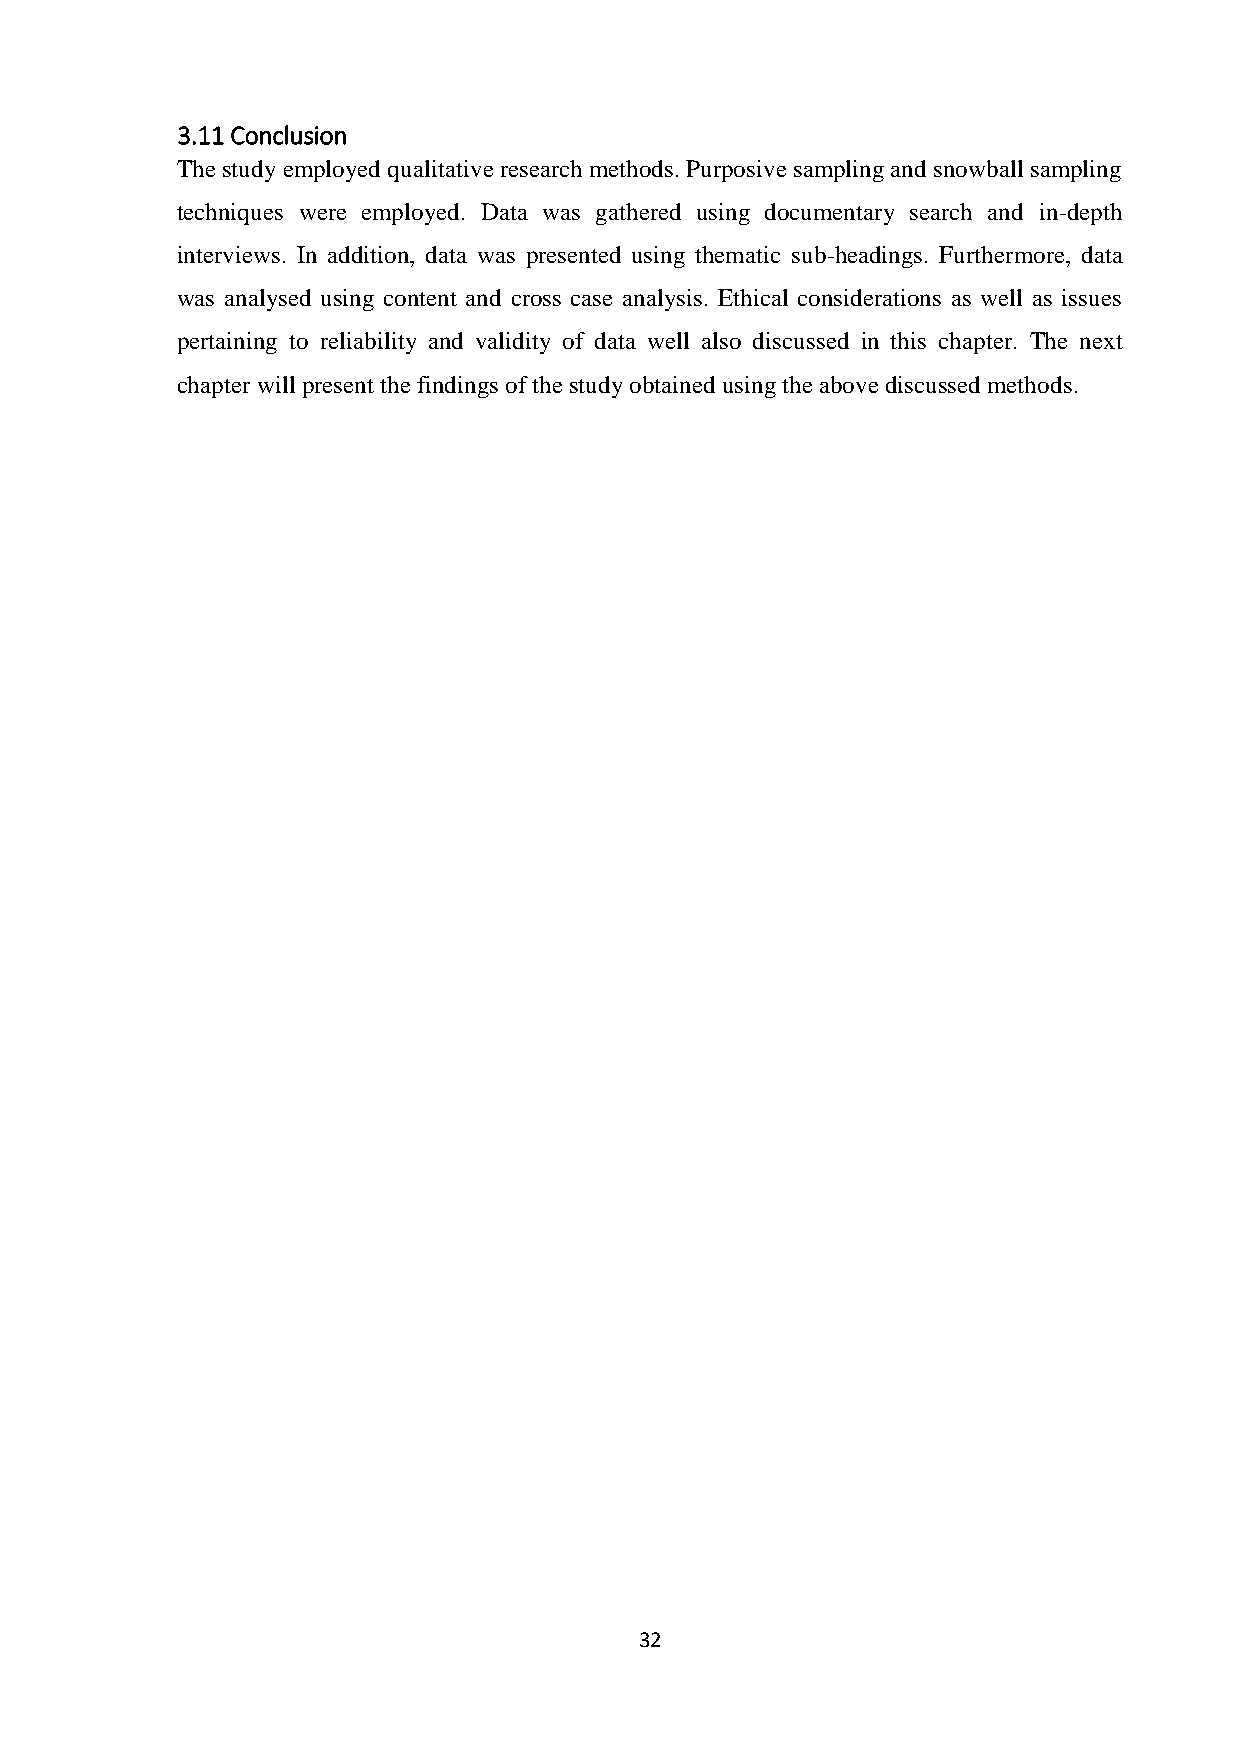
3.11 Conclusion
 The study employed qualitative research methods. Purposive sampling and snowball sampling
 techniques were employed. Data was gathered using documentary search and in-depth
 interviews. In addition, data was presented using thematic sub-headings. Furthermore, data
 was analysed using content and cross case analysis. Ethical considerations as well as issues
 pertaining to reliability and validity of data well also discussed in this chapter. The next
 chapter will present the findings of the study obtained using the above discussed methods.
 32